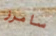
سامرز